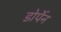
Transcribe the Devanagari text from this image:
डोर्पेन